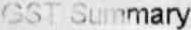
GST SUMMARY